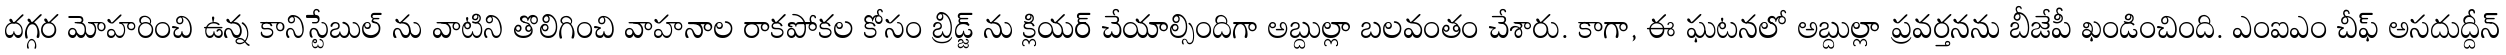
దగ్గర మోహరించి ఉన్న కానిస్టేబుల్ ను వాటిని తొలిగించి వాహనాల రాకపోకల కోసం బ్రిడ్జ్ ను క్లియర్ చేయాల్సిందిగా అబ్దుల్లా బలవంతం చేశారు. కాగా, ఈ ఘటనలో అబ్దుల్లా ప్రవర్తనను బీజేపీ ఖండించింది. ఎంఐఎం చీఫ్ అసదుద్దీన్